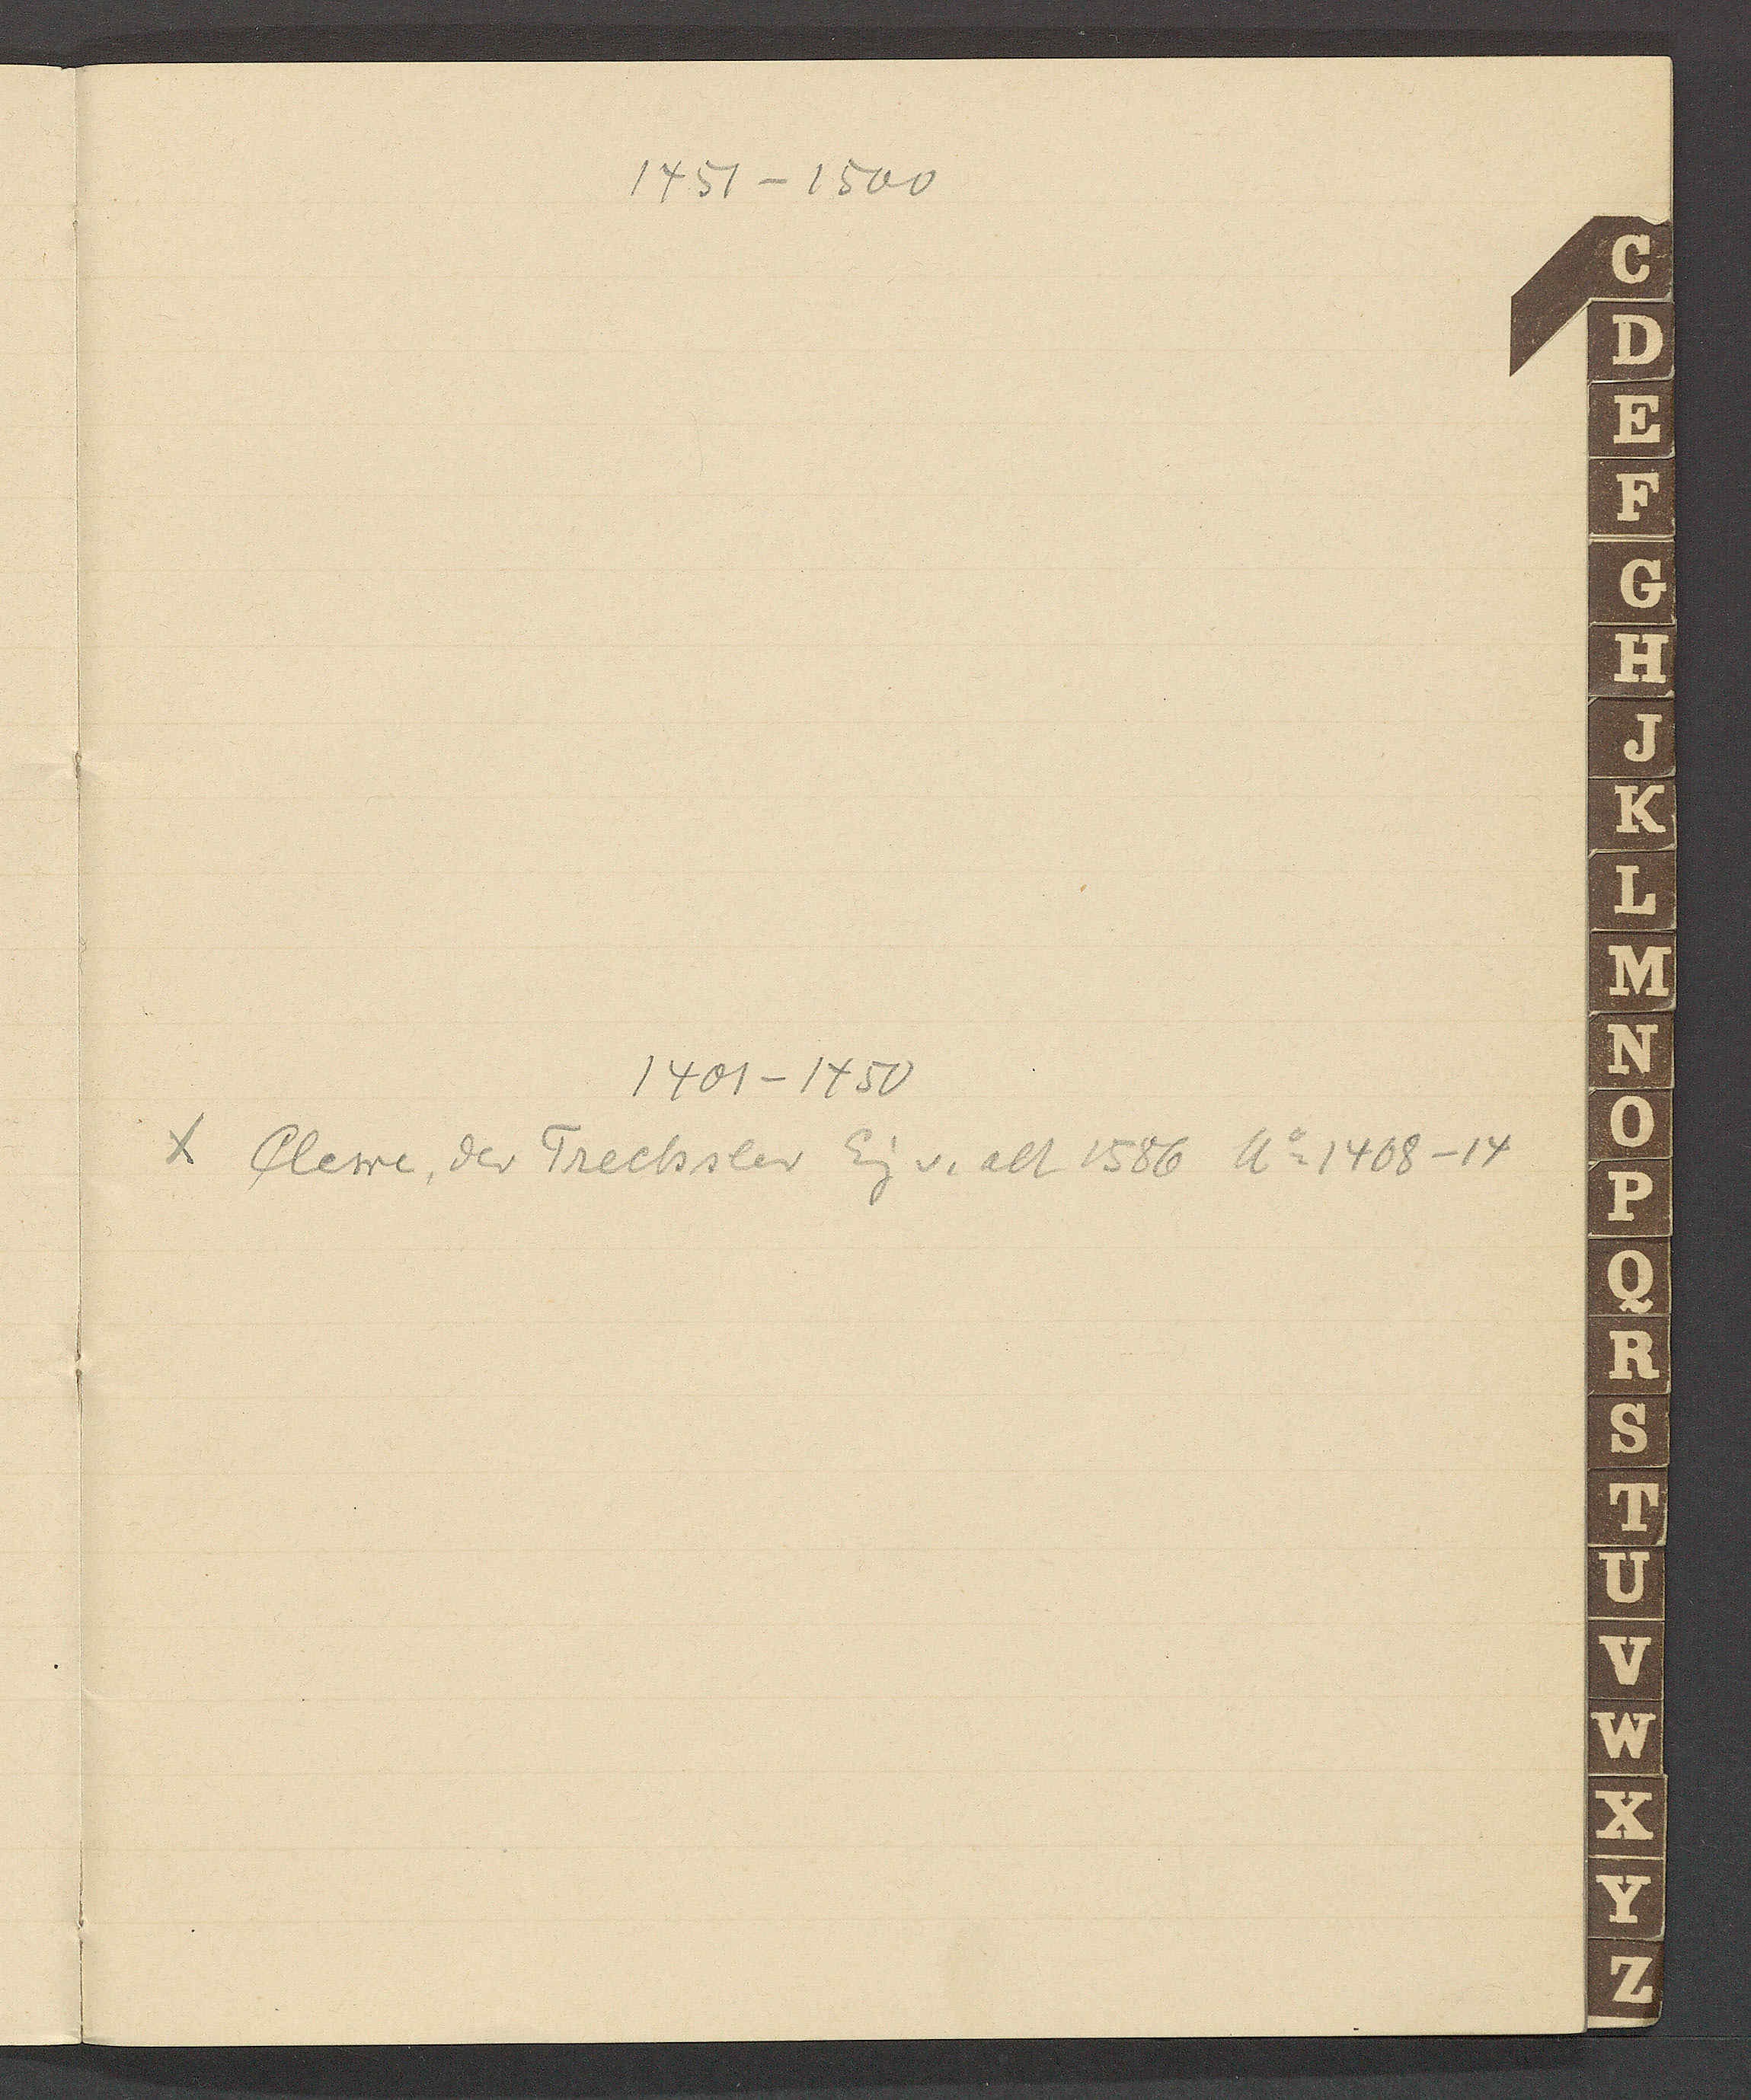
Transcript:
1451 – 1500
1401 – 1450
Clewi, der Trechsler Eig v. alt 1586 Ao 1408 – 14